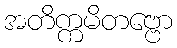
အတိက္ကမိတဗ္ဗော